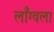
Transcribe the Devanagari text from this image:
लाँग्वला